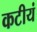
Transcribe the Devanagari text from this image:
कटीयं